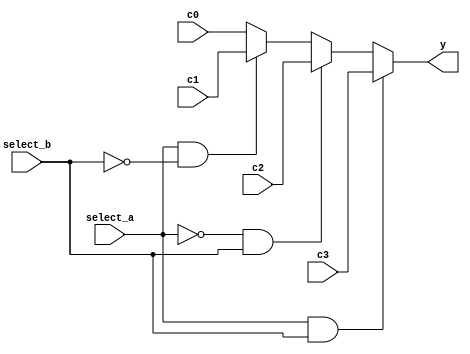
module data_selector(
	
	input [3:0] c0,
	
	input [3:0] c1,
	
	input [3:0] c2,
	
	input [3:0] c3,
	
	input select_a, select_b,
	
	output reg [3:0] y
	
);
	
	
	always @(*) begin
		
		// * (select_a = H, select_b = H) => c3
		if (select_a & select_b)
			
			y = c3;
		
		// * (select_a = L, select_b = H) => c2
		else if (!select_a & select_b)
			
			y = c2;
		
		// * (select_a = H, select_b = L) => c1
		else if (select_a & !select_b)
			
			y = c1;
		
		// * (select_a = L, select_b = L) => c0
		else
			
			y = c0;
	
	end


endmodule